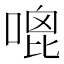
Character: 𠹇